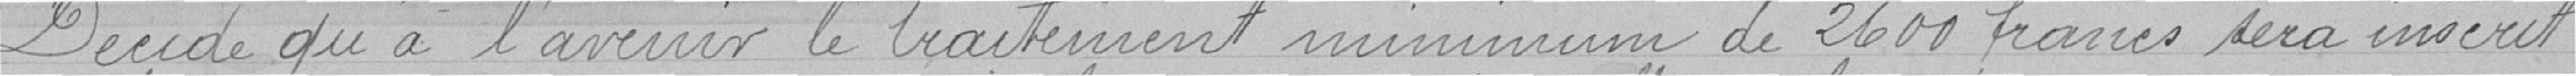
Décide qu'à l'avenir le traitement minimum de 2600 francs sera inscrit